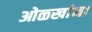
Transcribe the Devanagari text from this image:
ओळखांना